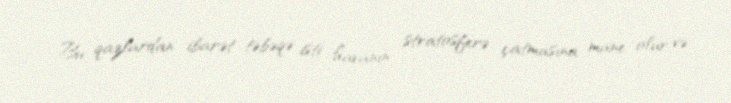
Bu qazlardan ibarət təbəqə isti havanın stratosferə çatmasına mane olur və